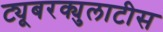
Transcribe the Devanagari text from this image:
ट्यूबरक्युलाटीस